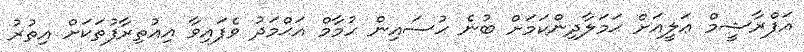
އަފްރާޝީމް ޢަލީއަށް ޙަމަލާދިންކަމަށް ބުނެ ޙުސައިން ހުމާމް އަޙްމަދު ވެފައިވާ އިޢުތިރާފުތަކަށް އިތުރު